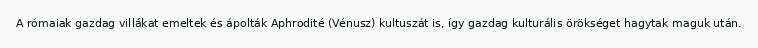
A rómaiak gazdag villákat emeltek és ápolták Aphrodité (Vénusz) kultuszát is, így gazdag kulturális örökséget hagytak maguk után.